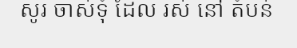
សូរ ចាស់ទុំ ដែល រស់ នៅ តំបន់